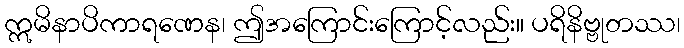
ဣမိနာပိကာရဏေန၊ ဤအကြောင်းကြောင့်လည်း။ ပရိနိဗ္ဗုတဿ၊